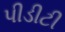
પીડીટી